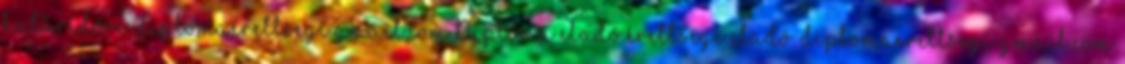
határidőre. diplomaerettsegi gmail.com Diploma eladó érettségi eladó. diplomaerettsegi gmail.com